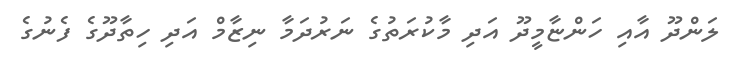
ލަންދޫ އާއި ހަންޏާމީދޫ އަދި މާކުރަތުގެ ނަރުދަމާ ނިޒާމް އަދި ހިތާދޫގެ ފެނުގެ